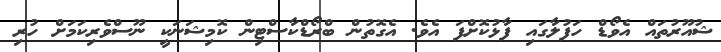
ޝުއޫރުތައް އެވޯޑް ހަފުލާގައި ފާޅުކޮށްފަ އެވެ. އެގޮތުން ބްރޯޑްކާސްޓިން ކޮމިޝަނަކީ ނޫސްވެރިކަމަށް ހުރި